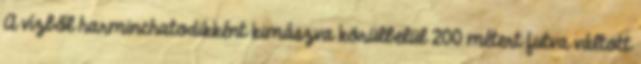
A vízből harminchatodikként kimászva körülbelül 200 métert futva váltott